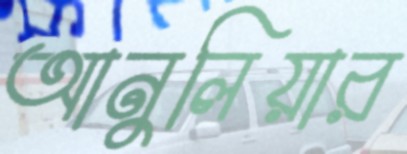
আনুলিয়ার